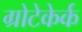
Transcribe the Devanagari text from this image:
ग्रोटेकेर्क